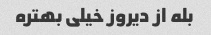
بله از دیروز خیلی بهتره